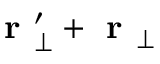
\textbf { r } _ { \perp } ^ { \prime } + \textbf { r } _ { \perp }